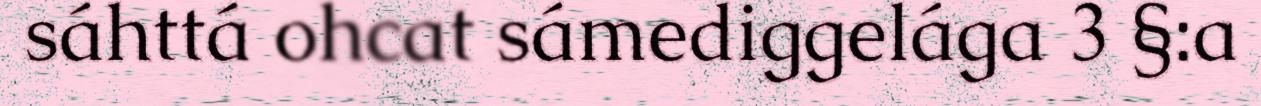
sáhttá ohcat sámediggelága 3 §:a